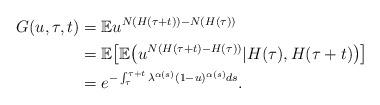
LaTeX: \begin{align*}G(u,\tau, t)& =\mathbb{E}u^{N(H(\tau +t))-N(H(\tau))} \\& =\mathbb{E} \bigl [\mathbb{E}\bigl(u^{N(H(\tau +t)-H(\tau))}| H(\tau), H(\tau +t) \bigr) \bigr] \\&=e^{-\int_{\tau}^{\tau +t}\lambda ^{\alpha (s)}(1-u)^{\alpha (s)}ds}.\end{align*}